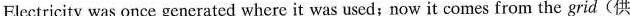
Electricity was once generated where it was uscd;now it cones from the grid(供